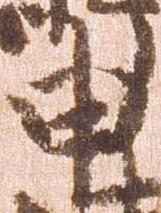
申